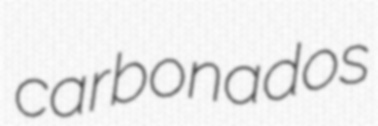
carbonados